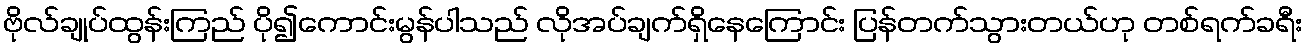
ဗိုလ်ချုပ်ထွန်းကြည် ပို၍ကောင်းမွန်ပါသည် လိုအပ်ချက်ရှိနေကြောင်း ပြန်တက်သွားတယ်ဟု တစ်ရက်ခရီး